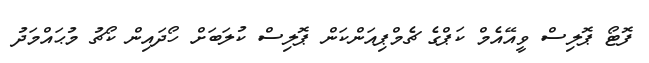
ފޮޓޯ ޕޮލިސް ވީއޭއެމް ކަޕްގެ ޗެމްޕިއަންކަން ޕޮލިސް ކުލަބަށް ހޯދައިން ކޯޗު މުޙައްމަދު